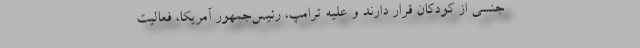
جنسی از کودکان قرار دارند و علیه ترامپ، رئیس‌جمهور آمریکا، فعالیت